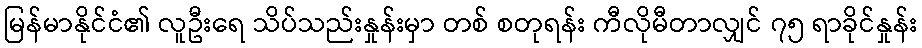
မြန်မာနိုင်ငံ၏ လူဦးရေ သိပ်သည်းနှုန်းမှာ တစ် စတုရန်း ကီလိုမီတာလျှင် ၇၅ ရာခိုင်နှုန်း